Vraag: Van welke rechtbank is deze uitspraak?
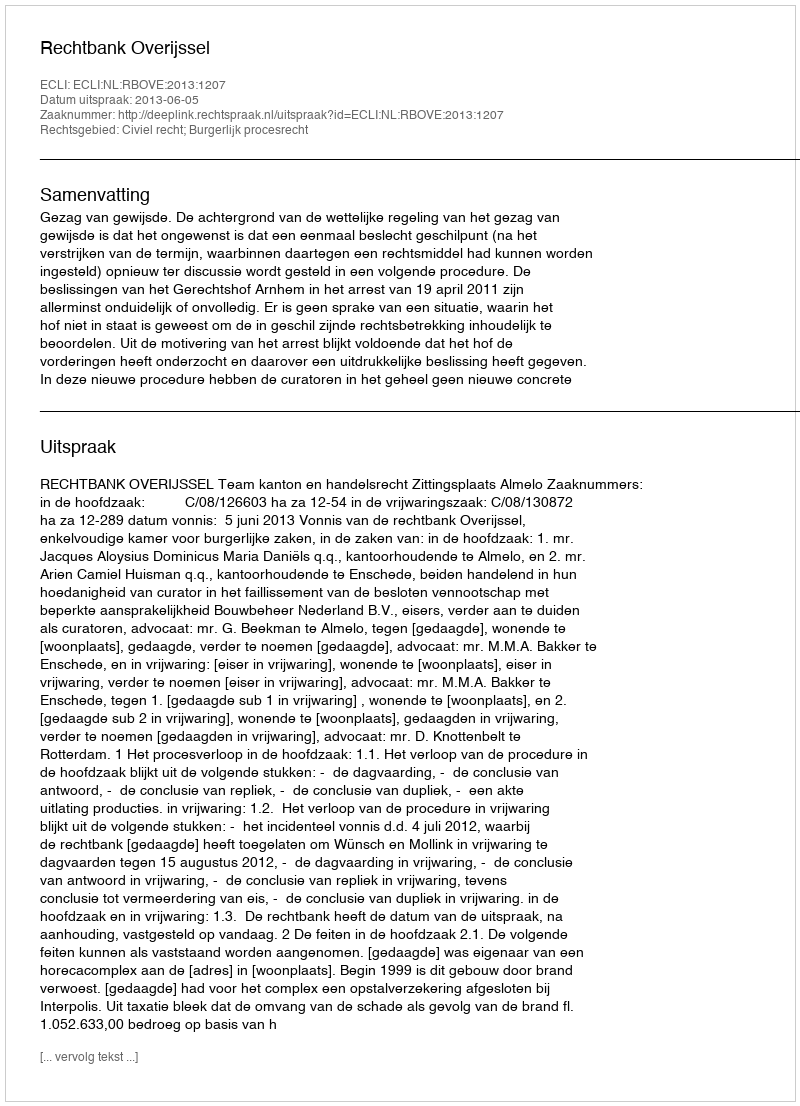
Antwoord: Rechtbank Overijssel